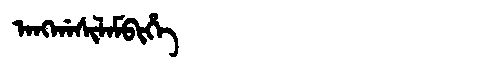
Manchu: ᠠᠩᡤᠠᠰᡳᠯᠠᠮᠪᡳᡥᡝ
Romanization: ANGGASILAMBIHE